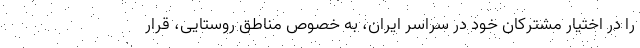
را در اختیار مشترکان خود در سراسر ایران، به خصوص مناطق روستایی، قرار